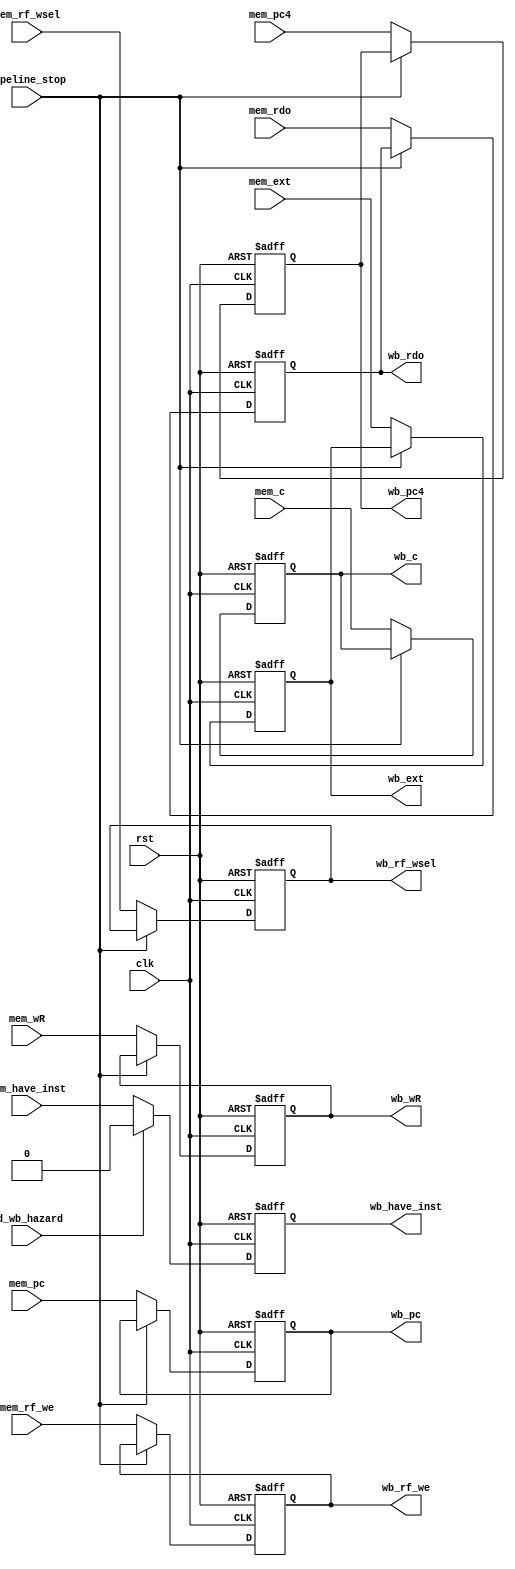
module MEM_WB (
    input  wire        clk,
    input  wire        rst,
    input  wire        pipeline_stop,
    input  wire        id_wb_hazard,
    input  wire        mem_have_inst,
    input  wire [31:0] mem_c,
    input  wire [31:0] mem_ext,
    input  wire [31:0] mem_pc,
    input  wire [31:0] mem_pc4,
    input  wire [31:0] mem_rdo,
    input  wire        mem_rf_we,
    input  wire [ 1:0] mem_rf_wsel,
    input  wire [ 4:0] mem_wR,
    output reg         wb_have_inst,
    output reg  [31:0] wb_pc,
    output reg  [31:0] wb_c,
    output reg  [31:0] wb_ext,
    output reg  [31:0] wb_pc4,
    output reg  [31:0] wb_rdo,
    output reg         wb_rf_we,
    output reg  [ 1:0] wb_rf_wsel,
    output reg  [ 4:0] wb_wR
);

  always @(posedge clk or posedge rst) begin
    if (rst) wb_have_inst <= 1'd0;
    else if (id_wb_hazard) wb_have_inst <= 1'd0;
    else wb_have_inst <= mem_have_inst;
  end

  always @(posedge clk or posedge rst) begin
    if (rst) wb_pc <= 32'd0;
    else if (pipeline_stop) wb_pc <= wb_pc;
    else wb_pc <= mem_pc;
  end

  always @(posedge clk or posedge rst) begin
    if (rst) wb_c <= 32'd0;
    else if (pipeline_stop) wb_c <= wb_c;
    else wb_c <= mem_c;
  end

  always @(posedge clk or posedge rst) begin
    if (rst) wb_ext <= 32'd0;
    else if (pipeline_stop) wb_ext <= wb_ext;
    else wb_ext <= mem_ext;
  end

  always @(posedge clk or posedge rst) begin
    if (rst) wb_pc4 <= 32'd0;
    else if (pipeline_stop) wb_pc4 <= wb_pc4;
    else wb_pc4 <= mem_pc4;
  end

  always @(posedge clk or posedge rst) begin
    if (rst) wb_rdo <= 32'd0;
    else if (pipeline_stop) wb_rdo <= wb_rdo;
    else wb_rdo <= mem_rdo;
  end

  always @(posedge clk or posedge rst) begin
    if (rst) wb_rf_we <= 1'd0;
    else if (pipeline_stop) wb_rf_we <= wb_rf_we;
    else wb_rf_we <= mem_rf_we;
  end

  always @(posedge clk or posedge rst) begin
    if (rst) wb_rf_wsel <= 2'd0;
    else if (pipeline_stop) wb_rf_wsel <= wb_rf_wsel;
    else wb_rf_wsel <= mem_rf_wsel;
  end

  always @(posedge clk or posedge rst) begin
    if (rst) wb_wR <= 5'd0;
    else if (pipeline_stop) wb_wR <= wb_wR;
    else wb_wR <= mem_wR;
  end

endmodule